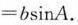
$$= b \sin A$$.